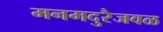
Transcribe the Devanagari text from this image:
मनमदुरैजवळ